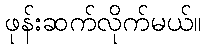
ဖုန်းဆက်လိုက်မယ်။